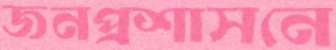
জনপ্রশাসনে